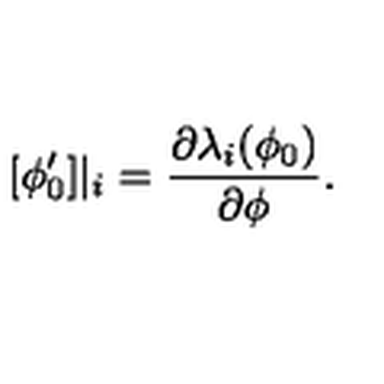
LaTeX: [ \phi _ { 0 } ^ { \prime } ] | _ { i } = \frac { \partial \lambda _ { i } ( \phi _ { 0 } ) } { \partial \phi } .